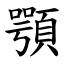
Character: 顎